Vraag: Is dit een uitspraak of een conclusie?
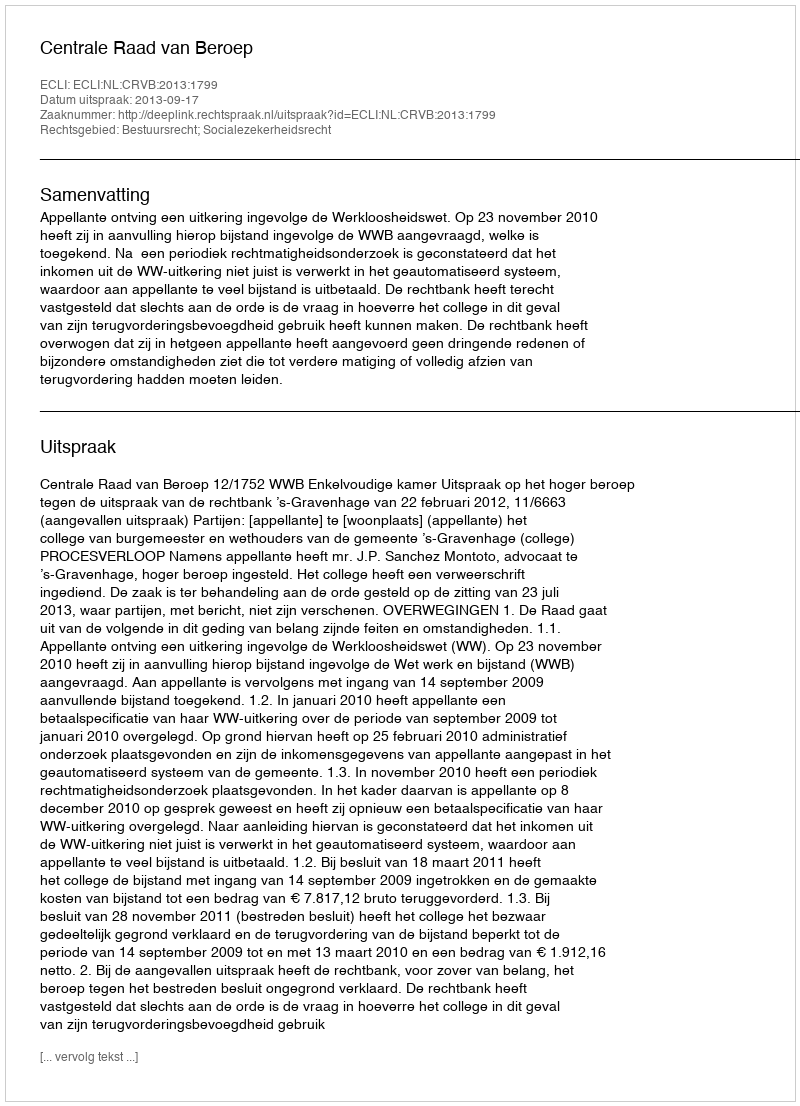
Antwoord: Uitspraak